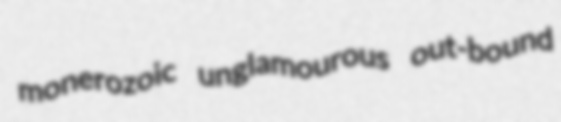
monerozoic unglamourous out-bound